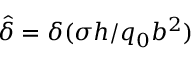
\hat { \delta } = { \delta ( \sigma h } / { q _ { 0 } b ^ { 2 } } )